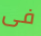
فى